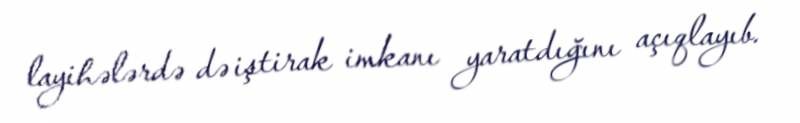
layihələrdə də iştirak imkanı yaratdığını açıqlayıb.